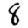
Digit: 8